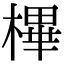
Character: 㮿